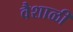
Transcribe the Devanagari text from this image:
वैशाळी